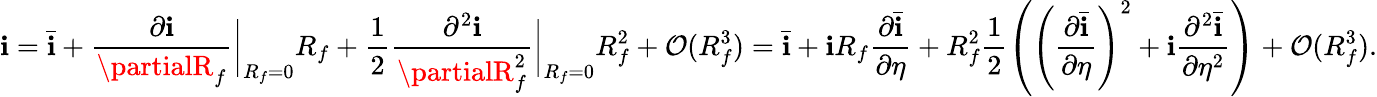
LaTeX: \mathbf{i}=\bar{{\mathbf{i}}}+\frac{{\partial\mathbf{i}}}{{\partialR_{f}}}\bigg\lvert_{R_{f}=0}R_{f}+\frac{{1}}{{2}}\frac{{\partial^{2}\mathbf{i}}}{{\partialR_{f}^{2}}}\bigg\lvert_{R_{f}=0}R_{f}^{2}+\mathcal{{O}}(R_{f}^{3})=\bar{{\mathbf{i}}}+\mathbf{i}R_{f}\frac{{\partial\bar{{\mathbf{i}}}}}{{\partial\eta}}+R_{f}^{2}\frac{{1}}{{2}}\left(\left(\frac{{\partial\bar{{\mathbf{i}}}}}{{\partial\eta}}\right)^{2}+\mathbf{i}\frac{{\partial^{2}\bar{{\mathbf{i}}}}}{{\partial\eta^{2}}}\right)+\mathcal{{O}}(R_{f}^{3}).